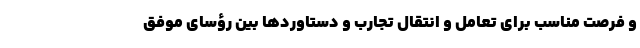
و فرصت مناسب برای تعامل و انتقال تجارب و دستاوردها بین رؤسای موفق